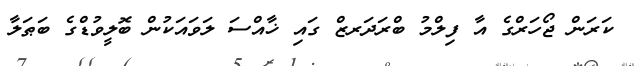
ކަރަން ޖޯހަރްގެ އާ ފިލްމު ބްރަދަރޒް ގައި ޚާއްސަ ލަވައަކުން ބޮލީވުޑްގެ ބަޠަލާ